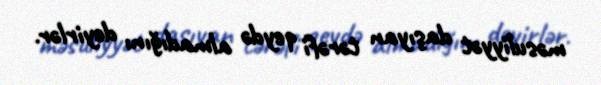
məsuliyyət daşıyan tərəfi qeydə almadığını deyirlər.